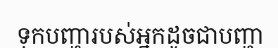
ទុកបញ្ហារបស់អ្នកដូចជាបញ្ហា